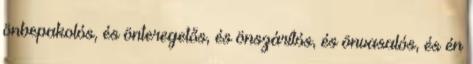
önbepakolós, és önteregetős, és önszárítós, és önvasalós, és én